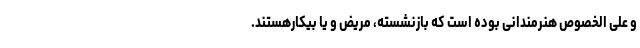
و علی الخصوص هنرمندانی بوده است که بازنشسته، مریض و یا بیکارهستند.